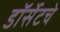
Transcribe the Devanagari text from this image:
डॉर्सेटचे